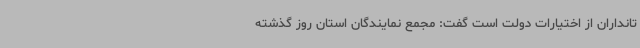
تانداران از اختیارات دولت است گفت: مجمع نمایندگان استان روز گذشته